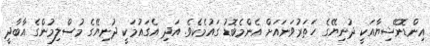
އިންޑޮނޭޝިޔާއަކީ ދުނިޔޭގެ ހަތަރުވަނައަށް އެންމެބޮޑު ގައުމެކެވެ. އަދި އެގައުމަކީ ދުނިޔޭގެ މުސްލިމުންގެ އާބާދީ